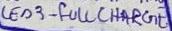
Text: LED3 - FULL CHARGE